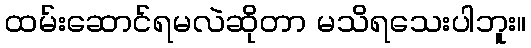
ထမ်းဆောင်ရမလဲဆိုတာ မသိရသေးပါဘူး။